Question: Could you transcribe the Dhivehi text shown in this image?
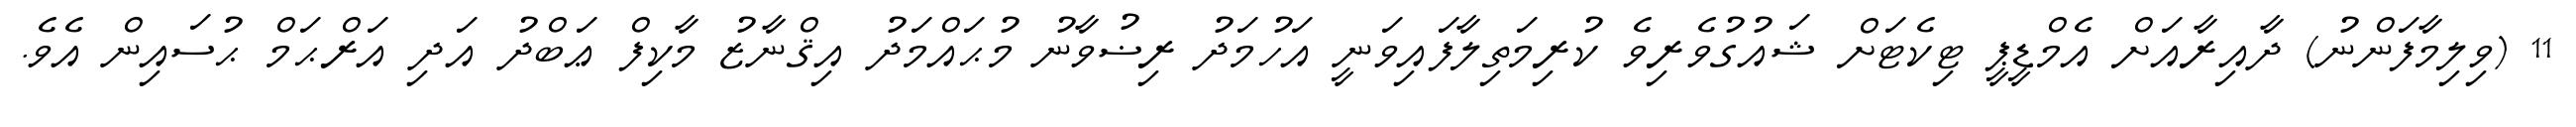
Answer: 11 (ވިލިމާފަންނު) ދާއިރާއަށް އެމްޑީޕީ ޓިކެޓަށް ޝައުގުވެރިވެ ކުރިމަތިލާފައިވަނީ އަހުމަދު ރިޟުވާނު މުޙައްމަދު އިޤްނާޒު މާކިފް ޢަބްދު އަދި އަރްޙަމް ޙުސައިން އެވެ.